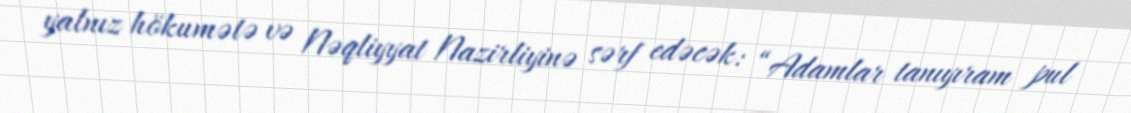
yalnız hökumətə və Nəqliyyat Nazirliyinə sərf edəcək: “Adamlar tanıyıram pul